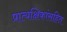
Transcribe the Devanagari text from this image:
प्रात्यक्षिकांसहित